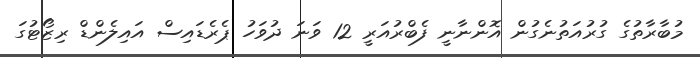
މުބާރާތުގެ ގުރުއަތުނެގުން އޮންނާނީ ފެބްރުއަރީ 12 ވަނަ ދުވަހު ޕެރެޑައިސް އައިލެންޑް ރިޒޯޓުގަ